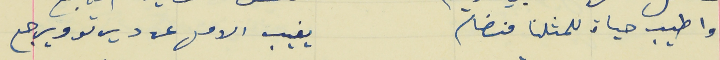
واطيب حياة للمثلنا منضام                                      يغيب الامل عن ديرتو ويرجع